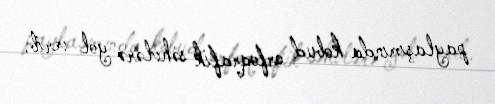
paylaşımında kobud orfoqrafik səhvlərə yol verib.